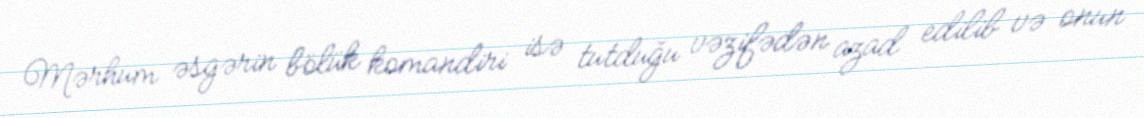
Mərhum əsgərin bölük komandiri isə tutduğu vəzifədən azad edilib və onun